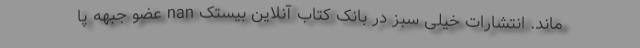
ماند. انتشارات خیلی سبز در بانک کتاب آنلاین بیستک nan عضو جبهه پا